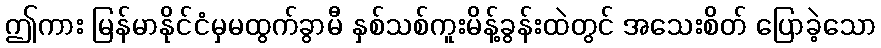
ဤကား မြန်မာနိုင်ငံမှမထွက်ခွာမီ နှစ်သစ်ကူးမိန့်ခွန်းထဲတွင် အသေးစိတ် ပြောခဲ့သော